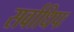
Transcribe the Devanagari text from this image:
सर्वाधिपः